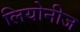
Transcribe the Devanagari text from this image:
लियोनीज